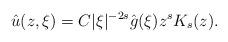
LaTeX: \begin{align*}\hat{u}(z,\xi) = C|\xi|^{-2s}\hat{g}(\xi)z^{s}K_{s}(z).\end{align*}